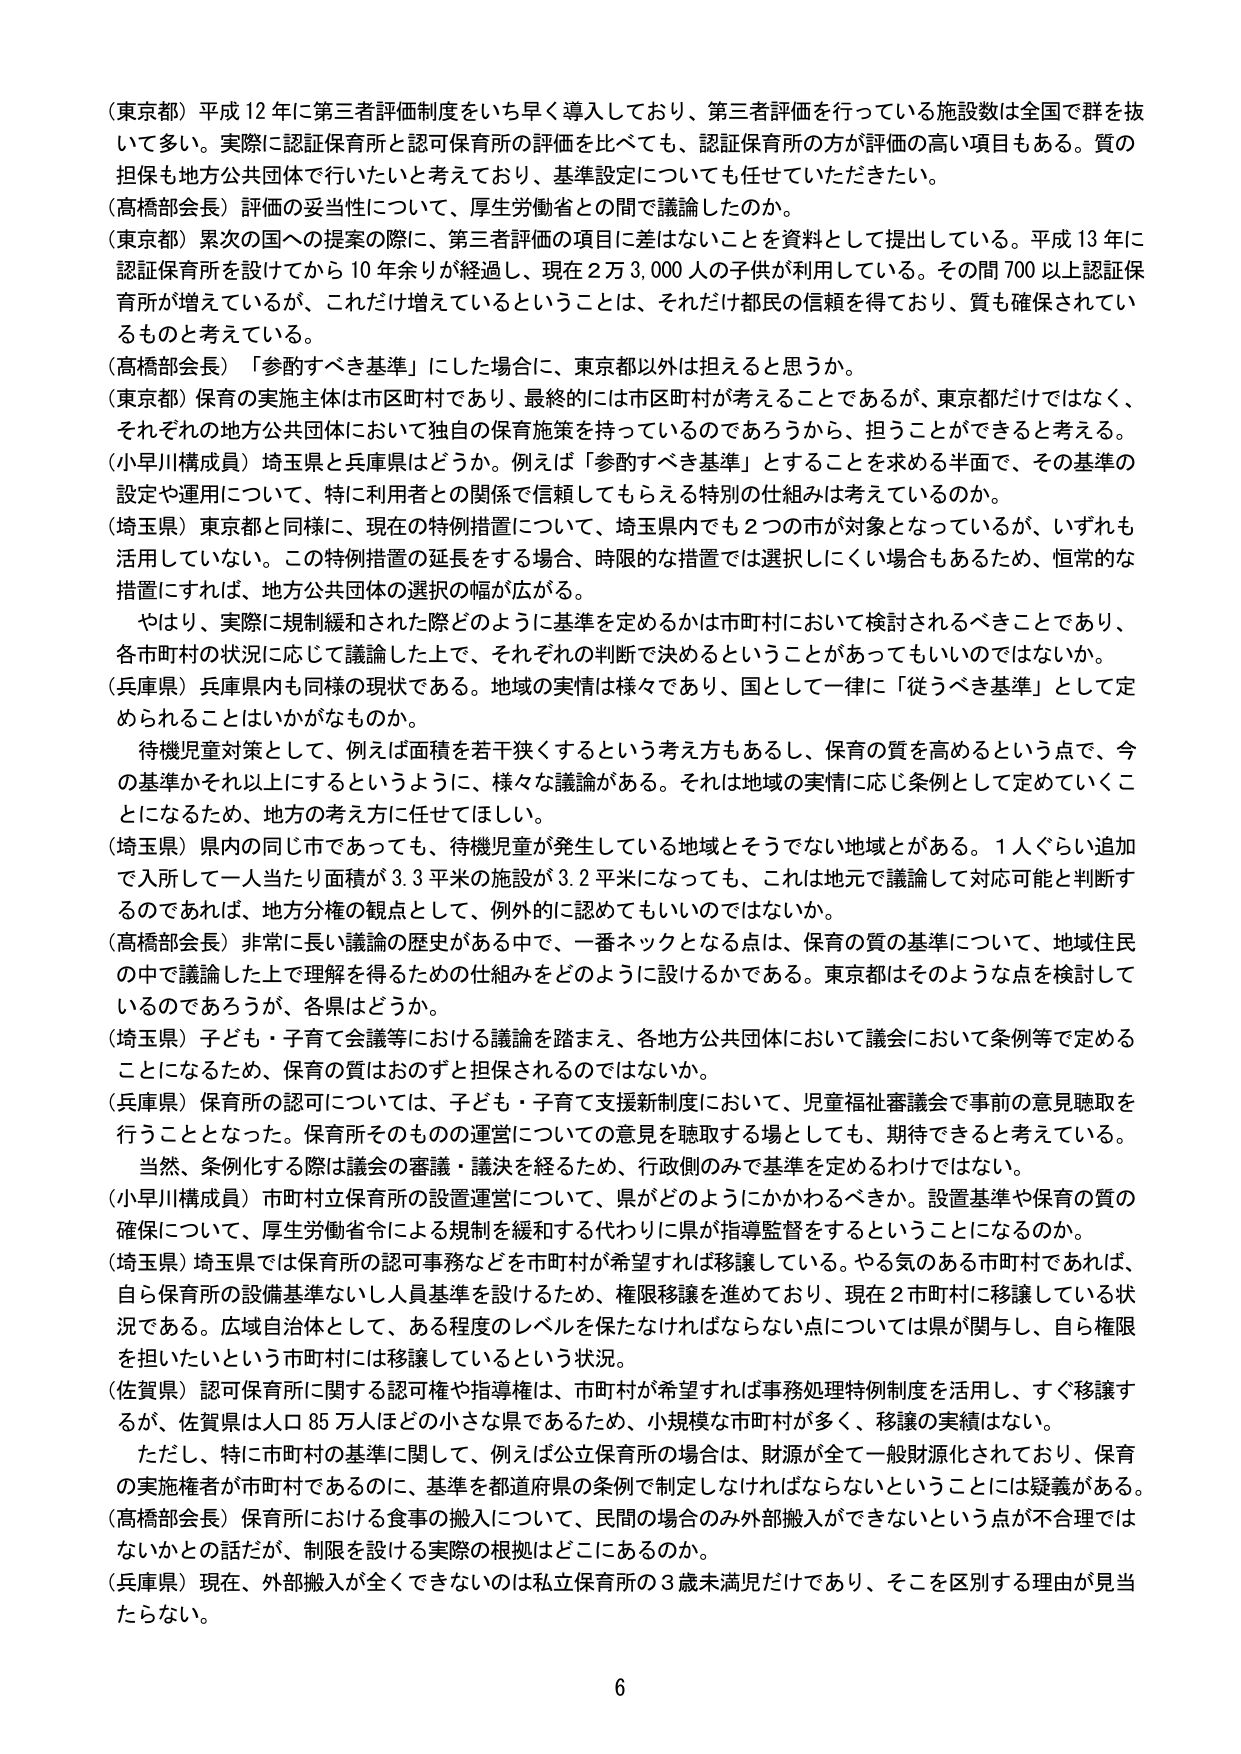
（東京都）平成12年に第三者評価制度をいち早く導入しており、第三者評価を行っている施設数は全国で群を抜いて多い。実際に認証保育所と認可保育所の評価を比べても、認証保育所の方が評価の高い項目もある。質の担保も地方公共団体で行いたいと考えており、基準設定についても任せていただきたい。

（高橋部会長）評価の妥当性について、厚生労働省との間で議論したのか。

（東京都）累次の国への提案の際に、第三者評価の項目に差はないことを資料として提出している。平成13年に認証保育所を設けてから10年余りが経過し、現在2万3,000人の子供が利用している。その間700以上認証保育所が増えてい るが、これだけ増えているということは、それだけ都民の信頼を得ており、質も確保されているものと考えている。

（高橋部会長）「参酌すべき基準」にした場合に、東京都以外は担えると思うか。

（東京都）保育の実施主体は市区町村であり、最終的には市区町村が考えることであるが、東京都だけではなく、それぞれの地方公共団体において独自の保育施策を持っているのであろうから、担うことができると考える。

（小早川構成員）埼玉県と兵庫県はどうか。例えば「参酌すべき基準」とすることを求める半面で、その基準の設定や運用について、特に利用者との関係で信頼してもらえる特別の仕組みは考えているのか。

（埼玉県）東京都と同様に、現在の特例措置について、埼玉県内でも2つの市が対象となっているが、いずれも活用していない。この特例措置の延長をする場合、時限的な措置では選択しにくい場合もあるため、恒常的な措置にすれば、地方公共団体の選択の幅が広がる。

　やはり、実際に規制緩和された際どのように基準を定めるかは市町村において検討されるべきことであり、各市町村の状況に応じて議論した上で、それぞれの判断で決めるということがあってもいいのではないか。

（兵庫県）兵庫県内も同様の現状である。地域の実情は様々であり、国として一律に「従うべき基準」として定められることはいかがなものか。

　待機児童対策として、例えば面積を若干狭くするという考え方もあるし、保育の質を高めるという点で、今の基準かそれ以上にするというように、様々な議論がある。それは地域の実情に応じ条例として定めていくことになるため、地方の考え方に任せてほしい。

（埼玉県）県内の同じ市であっても、待機児童が発生している地域とそうでない地域とがある。1人ぐらい追加で入所して一人当たり面積が3.3平米の施設が3.2平米になっても、これは地元で議論して対応可能と判断するのであれば、地方分権の観点として、例外的に認めてもいいのではないか。

（高橋部会長）非常に長い議論の歴史がある中で、一番ネックとなる点は、保育の質の基準について、地域住民の中で議論した上で理解を得るための仕組みをどのように設けるかである。東京都はそのような点を検討しているのであろうが、各県はどうか。

（埼玉県）子ども・子育て会議等における議論を踏まえ、各地方公共団体において議会において条例等で定めることになるため、保育の質はおのずと担保されるのではないか。

（兵庫県）保育所の認可については、子ども・子育て支援新制度において、児童福祉審議会で事前の意見聴取を行うこととなった。保育所そのものの運営についての意見を聴取する場としても、期待できると考えている。

　当然、条例化する際は議会の審議・議決を経るため、行政側のみで基準を定めるわけではない。

（小早川構成員）市町村立保育所の設置運営について、県がどのようにかかわるべきか。設置基準や保育の質の確保について、厚生労働省令による規制を緩和する代わりに県が指導監督をするということになるのか。

（埼玉県）埼玉県では保育所の認可事務などを市町村が希望すれば移譲している。やる気のある市町村であれば、自ら保育所の設備基準ないし人員基準を設けるため、権限移譲を進めており、現在2市町村に移譲している状況である。広域自治体として、ある程度のレベルを保たなければならない点については県が関与し、自ら権限を担いたいという市町村には移譲しているという状況。

（佐賀県）認可保育所に関する認可権や指導権は、市町村が希望すれば事務処理特例制度を活用し、すぐ移譲するが、佐賀県は人口85万人ほどの小さな県であるため、小規模な市町村が多く、移譲の実績はない。

　ただし、特に市町村の基準に関して、例えば公立保育所の場合は、財源が全て一般財源化されており、保育の実施者が市町村であるのに、基準を都道府県の条例で制定しなければならないということには疑義がある。

（高橋部会長）保育所における食事の搬入について、民間の場合のみ外部搬入ができないという点が不合理ではないかとの話だが、制限を設ける実際の根拠はどこにあるのか。

（兵庫県）現在、外部搬入が全くできないのは私立保育所の3歳未満児だけであり、そこを区別する理由が見当たらない。

6